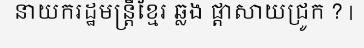
នាយករដ្ឋមន្ត្រីខ្មែរ ឆ្លង ផ្តាសាយជ្រូក ? |